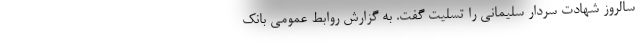
سالروز شهادت سردار سلیمانی را تسلیت گفت. به گزارش روابط عمومی بانک